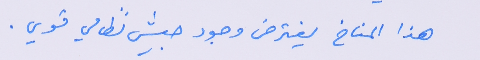
هذا المناخ يفترض وجود جيش نظامي قوي.